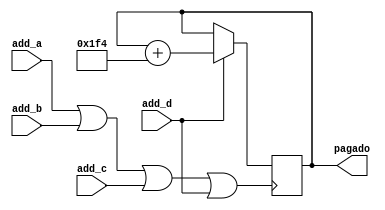
`timescale 1ns / 1ps
//////////////////////////////////////////////////////////////////////////////////
// Company: 
// Engineer: 
// 
// Design Name: 
// Module Name: user_total
// Project Name: 
// Target Devices: 
// Tool Versions: 
// Description: 
// 
// Dependencies: 
// 
// Revision:
// Revision 0.01 - File Created
// Additional Comments:
// 
//////////////////////////////////////////////////////////////////////////////////


module user_total(
    input add_a,
    input add_b,
    input add_c,
    input add_d,
    output reg [13:0] pagado
    );
    initial begin
        pagado = 0;
    end
    wire accion = add_a| add_b | add_c |add_d;
    always@(posedge accion)begin
    pagado <= add_a == 1? pagado +10:pagado;
    pagado <= add_b == 1? pagado +50:pagado;
    pagado <= add_c == 1? pagado +100:pagado;
    pagado <= add_d == 1? pagado +500:pagado; 
    end
endmodule